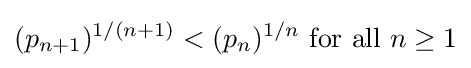
(p_{n+1})^{1/(n+1)}<(p_{n})^{1/n}{\text{ for all }}n\geq 1